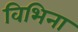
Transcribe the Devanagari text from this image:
विभिना